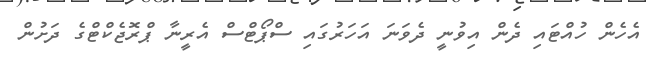
އެހެން ހުއްޓައި ދެން އިވުނީ ދެވަނަ އަހަރުގައި ސްޕޯޓްސް އެރީނާ ޕްރޮޖެކްޓްގެ ދަށުން